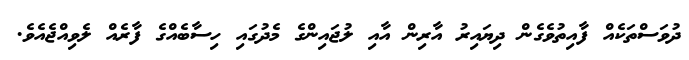
ދުވަސްތަކެއް ފާއިތުވެގެން ދިޔައިރު އާރިން އާއި ލުޖައިންގެ މެދުގައި ހިސާބެއްގެ ފާރެއް ލެވިއްޖެއެވެ.